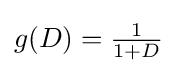
g(D)={\tfrac {1}{1+D}}